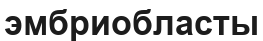
эмбриобласты